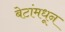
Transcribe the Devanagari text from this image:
बेटांमधून